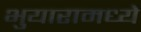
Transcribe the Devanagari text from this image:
भुयारामध्ये